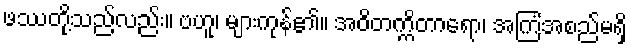
ဖဿတို့သည်လည်း။ ဗဟူ၊ များကုန်၏။ အဝိတက္ကိတာရော၊ အကြံအစည်မရှိ